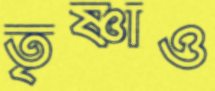
তৃষ্ণাও